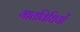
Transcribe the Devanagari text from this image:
गातविधियों